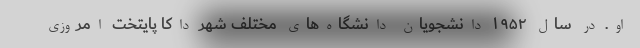
او. در سال ۱۹۵۲ دانشجویان دانشگاه‌های مختلف شهر داکا پایتخت امروزی